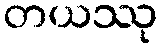
တယဿု